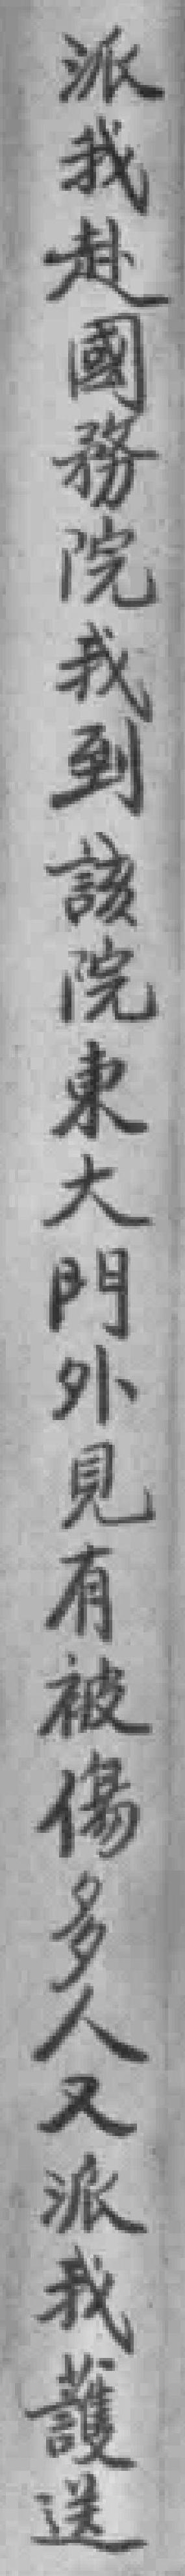
派我赴國務院我到該院東大門外見有被傷多人又派我護送